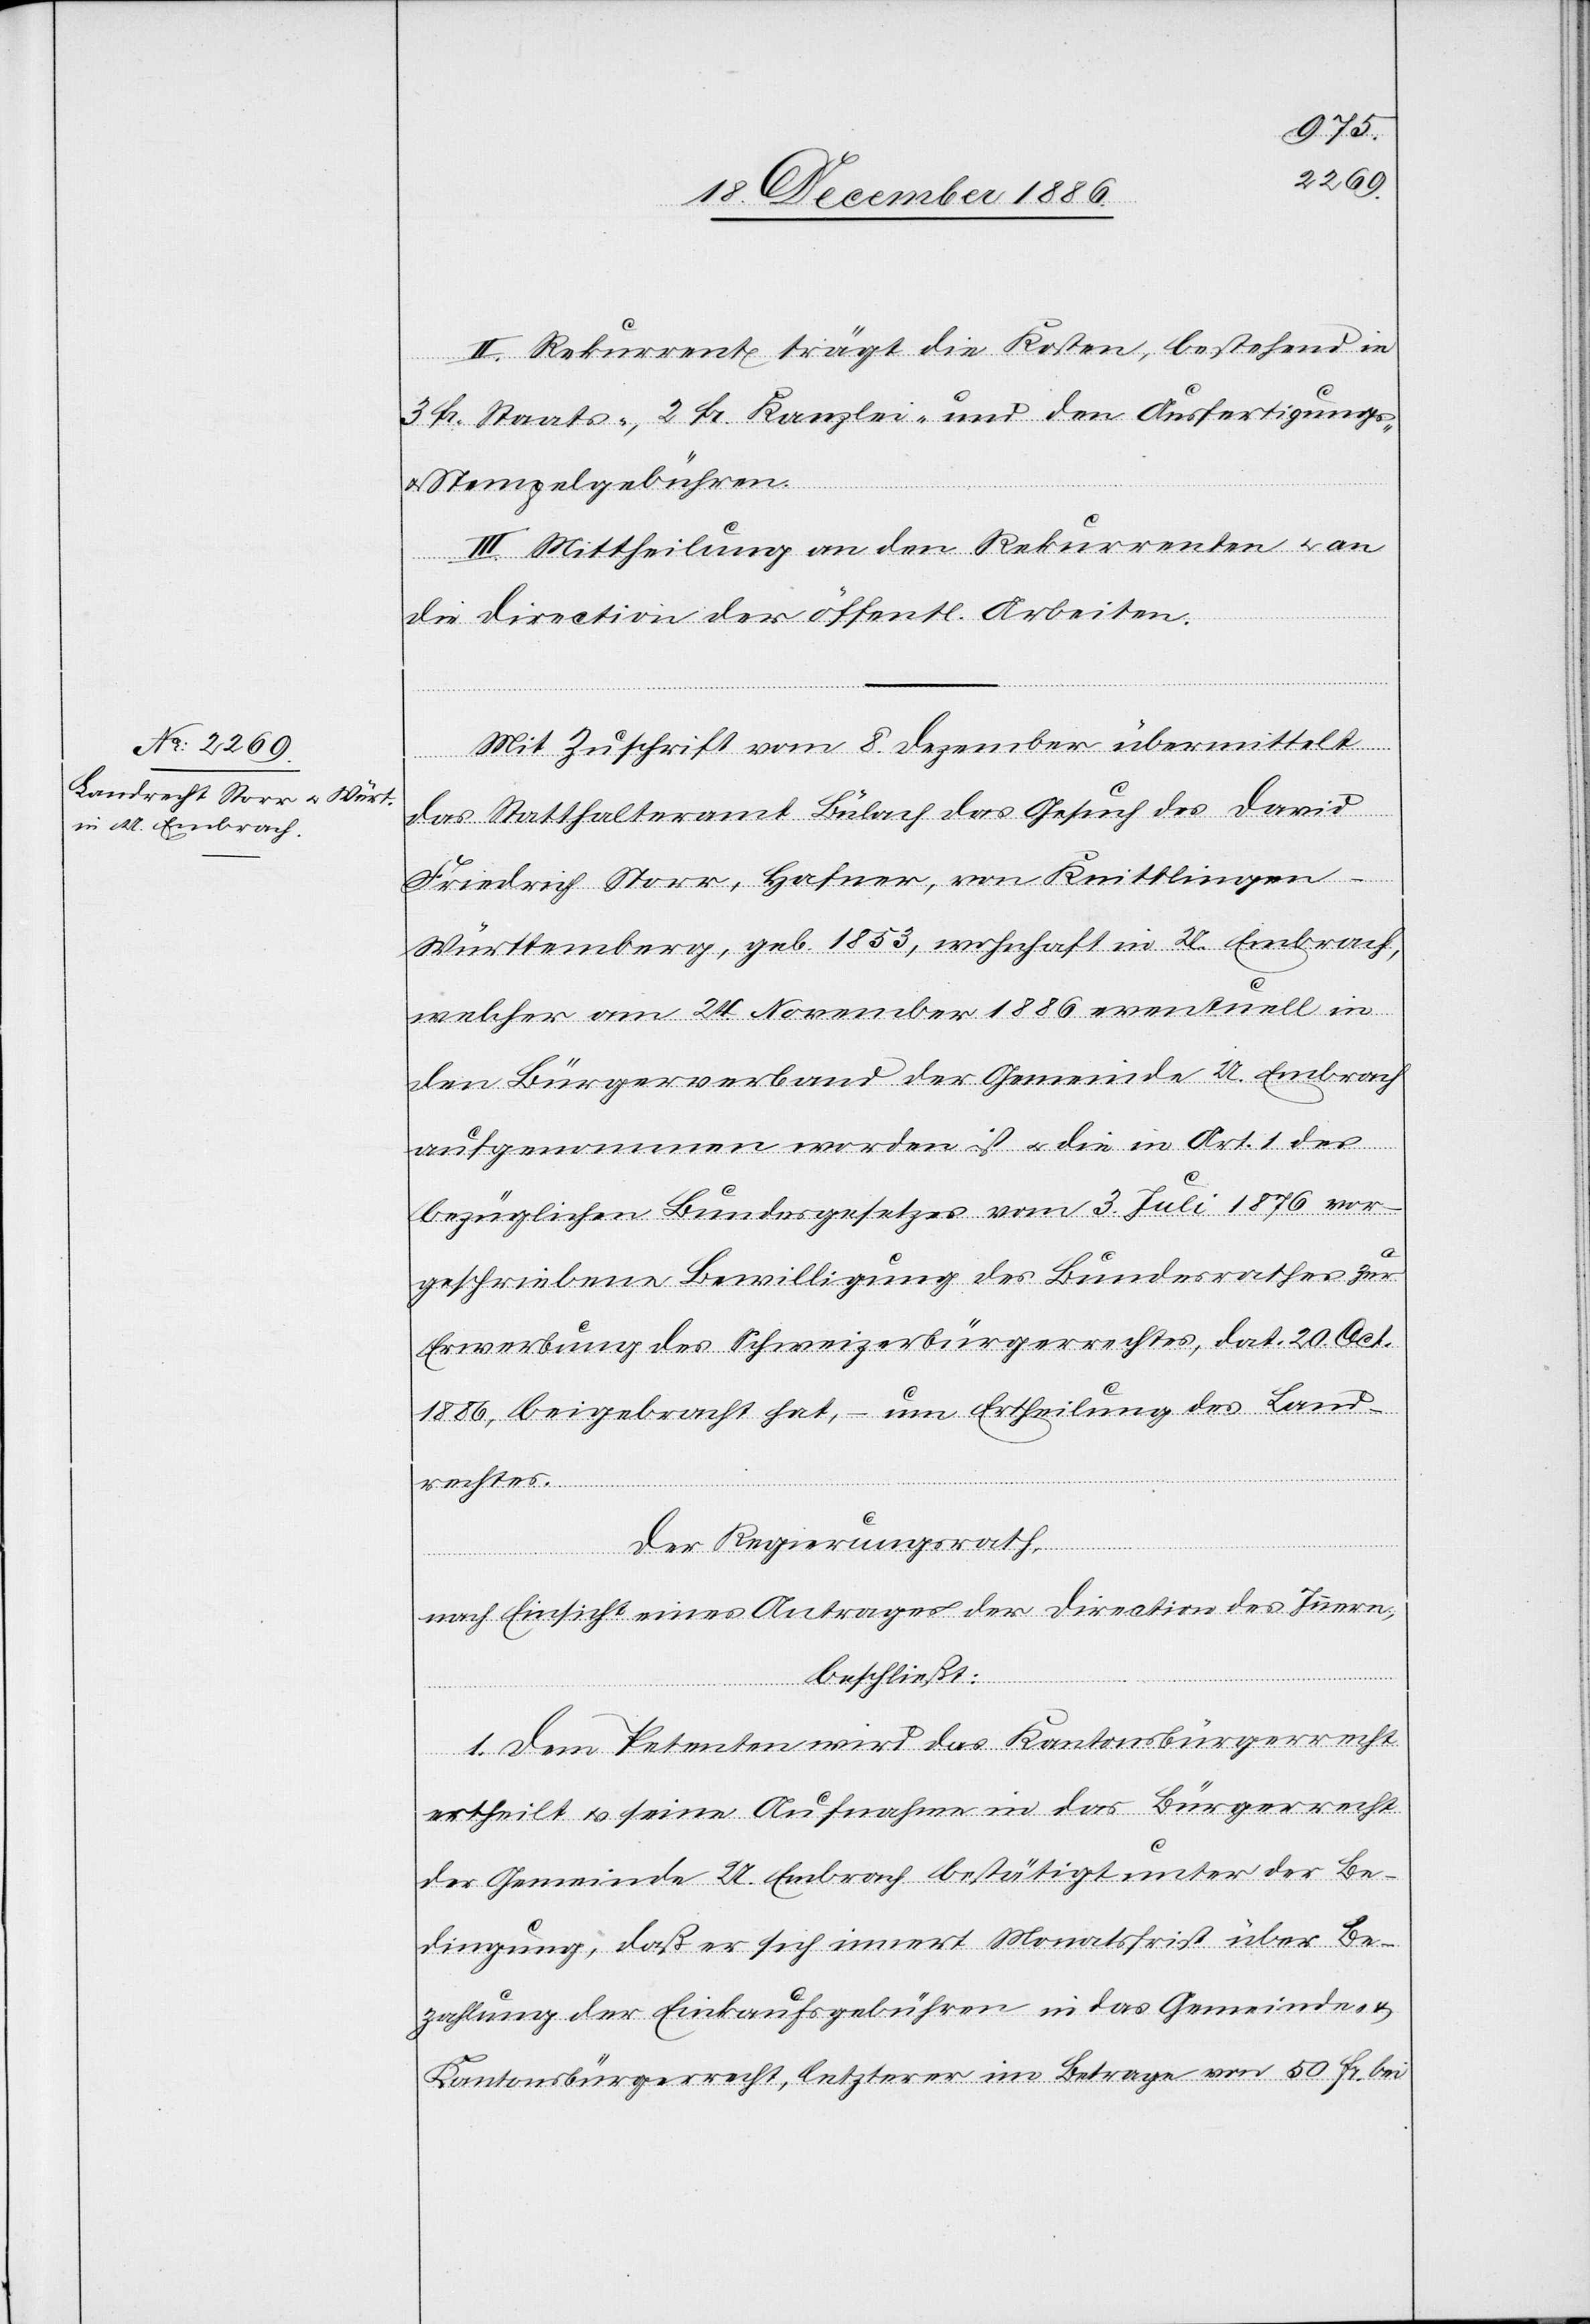
II. Rekurrent trägt die Kosten, bestehend in
3 Fr. Staats-, 2 Fr. Kanzlei- und den Ausfertigungs-
& Stempelgebühren.
III. Mittheilung an den Rekurrenten & an
die Direction der öffentl. Arbeiten.
Mit Zuschrift vom 8. Dezember übermittelt
das Statthalteramt Bülach das Gesuch des David
Friedrich Storr, Hafner, von Knittlingen
Württemberg, geb. 1853, wohnhaft in U. Embrach,
welcher am 24. November 1886 eventuell in
den Bürgerverband der Gemeinde U. Embrach
aufgenommen worden ist & die in Art. 1 des
bezüglichen Bundesgesetzes vom 3. Juli 1876 vor¬
geschriebene Bewilligung des Bundesrathes zur
Erwerbung des Schweizerbürgerrechtes, dat. 20. Oct.
1886, beigebracht hat, – um Ertheilung des Land¬
rechtes.
Der Regierungsrath,
nach Einsicht eines Antrages der Direction des Innern,
beschließt:
1. Dem Petenten wird das Kantonsbürgerrecht
ertheilt & seine Aufnahme in das Bürgerrecht
der Gemeinde U. Embrach bestätigt unter der Be¬
dingung, daß er sich innert Monatsfrist über Be¬
zahlung der Einkaufsgebühren in das Gemeinde- &
Kantonsbürgerrecht, letzterer im Betrage von 50 Fr. bei